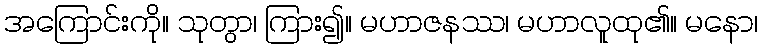
အကြောင်းကို။ သုတွာ၊ ကြား၍။ မဟာဇနဿ၊ မဟာလူထု၏။ မနော၊